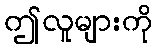
ဤလူများကို